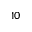
1 0